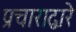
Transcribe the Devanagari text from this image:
प्रचाराद्वारे